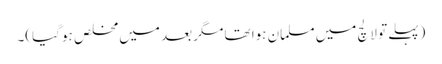
(پہلے تو لالچ میں مسلمان ہوا تھا مگر بعد میں مخلص ہو گیا)۔